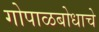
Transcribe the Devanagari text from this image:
गोपाळबोधाचे